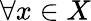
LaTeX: \forall x\in X